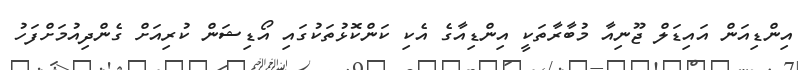
އިންޑިއަން އައިޑަލް ޖޫނިއާ މުބާރާތަކީ އިންޑިއާގެ އެކި ކަންކޮޅުތަކުގައި އޯޑިޝަން ކުރިއަށް ގެންދިއުމަށްފަހު